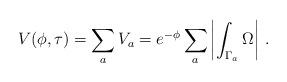
LaTeX: \begin{align*}V(\phi,\tau) = \sum_a V_a = e^{- \phi} \sum_a \left|\int_{\Gamma_a} \Omega\right| \,.\end{align*}